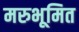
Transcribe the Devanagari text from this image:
मरुभूमित